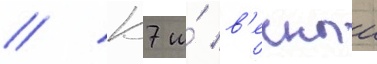
// К7 и́ в'ечныи